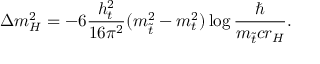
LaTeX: \Delta m _ { H } ^ { 2 } = - 6 \frac { h _ { t } ^ { 2 } } { 1 6 \pi ^ { 2 } } ( m _ { \tilde { t } } ^ { 2 } - m _ { t } ^ { 2 } ) \log \frac { \hbar } { m _ { \tilde { t } } c r _ { H } } .